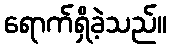
ရောက်ရှိခဲ့သည်။